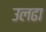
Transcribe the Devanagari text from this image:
उलढा